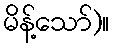
မိန့်သော်)။